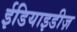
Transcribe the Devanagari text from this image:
ईडियाइडीज़